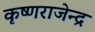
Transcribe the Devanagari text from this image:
कृष्णराजेन्द्र